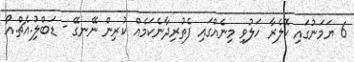
6 ޔަމަނުގައި ކޮލެރާ ހަލުވި މިނެއްގައި ފެތުރިދާނެކަމެއް ކުރިން ނޭނގޭ - ޑަބްލިު.އެޗް.އޯ